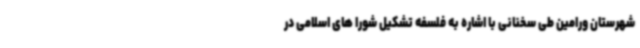
شهرستان ورامین طی سخنانی با اشاره به فلسفه تشکیل شورا های اسلامی در